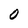
Character: 0